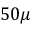
5 0 \mu